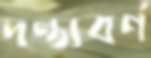
দন্ত্যবর্ণ